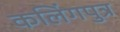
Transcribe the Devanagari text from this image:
कलिंगपुत्र